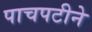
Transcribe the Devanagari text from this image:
पाचपटीने